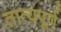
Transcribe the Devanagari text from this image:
तात्यपूर्ण